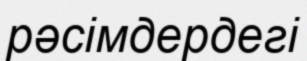
рәсімдердегі